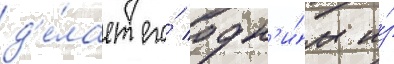
д'е́лает его́ одн'и́м и́з